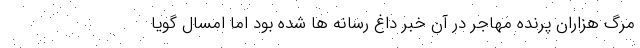
مرگ هزاران پرنده مهاجر در آن خبر داغ رسانه ها شده بود اما امسال گویا